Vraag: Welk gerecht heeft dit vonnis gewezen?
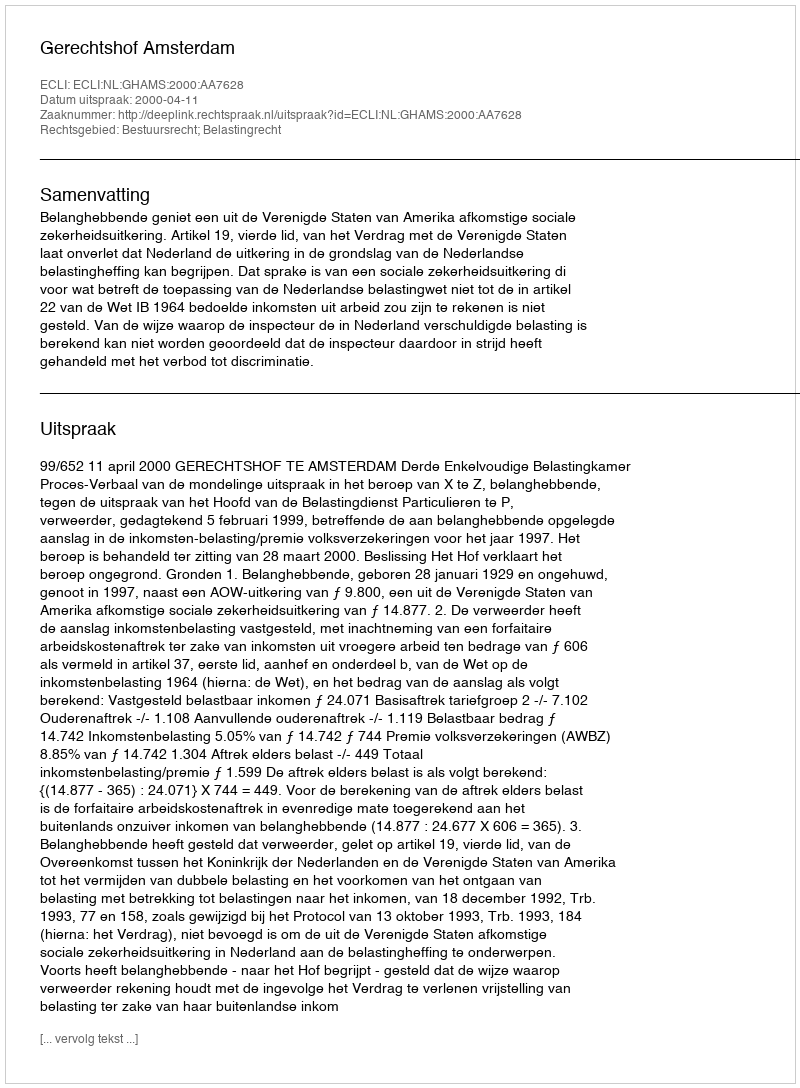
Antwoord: Gerechtshof Amsterdam